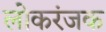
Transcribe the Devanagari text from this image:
लोकरंजक